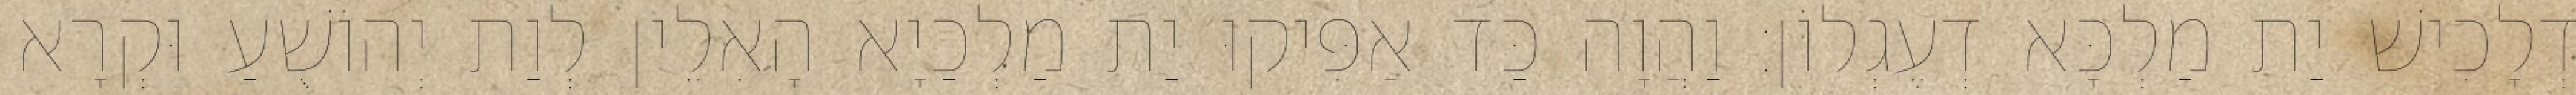
דְלָכִישׁ יַת מַלְכָּא דְעֶגְלוֹן׃ וַהֲוָה כַּד אַפִּיקוּ יַת מַלְכַיָא הָאִלֵין לְוַת יְהוֹשֻׁעַ וּקְרָא